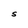
Character: S